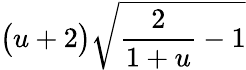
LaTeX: \big(u+2\big)\sqrt{\frac{2}{1+u}-1}